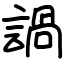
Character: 諣